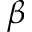
\beta